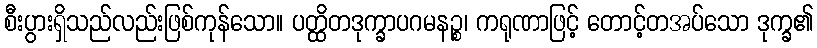
စီးပွားရှိသည်လည်းဖြစ်ကုန်သော။ ပတ္ထိတဒုက္ခာပဂမနဉ္စ၊ ကရုဏာဖြင့် တောင့်တအပ်သော ဒုက္ခ၏